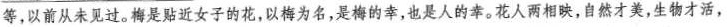
等，以前从未见过。梅是贴近女子的花，以梅为名，是梅的幸，也是人的幸。花人两相映，自然才美，生物才活，